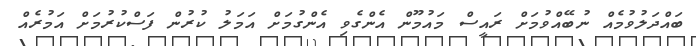
ބައްދަލުވުމެއް ނުބޭއްވުމަށް ރައީސް މައުމޫން އެންގެވި އެންގުމަށް އަމަލު ކުރުން ފަސްކުރުމަށް އަމުރެއް